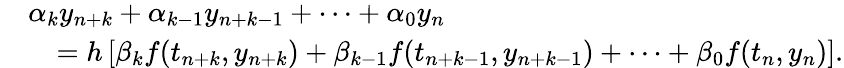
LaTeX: {\begin{array}{rl}&{\alpha_{k}y_{n+k}+\alpha_{k-1}y_{n+k-1}+\cdots+\alpha_{0}y_{n}}\\ &{\quad=h\left[\beta_{k}f(t_{n+k},y_{n+k})+\beta_{k-1}f(t_{n+k-1},y_{n+k-1})+\cdots+\beta_{0}f(t_{n},y_{n})\right].}\end{array}}